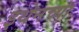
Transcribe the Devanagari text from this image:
इथेनच्या